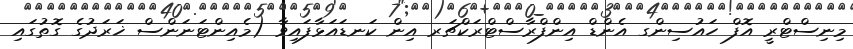
މިނިސްޓްރީ އޮފް ހައުސިންގ އެންޑް އިންފްރާސްޓްރަކްޗަރ އިން ކަނޑައަޅާފައިވާ (މެއިންޓަނަންސް ޚަރަދުގެ ގޮތުގައި